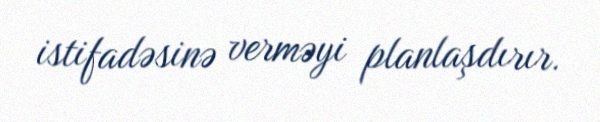
istifadəsinə verməyi planlaşdırır.